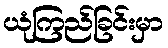
ယုံကြည်ခြင်းမှာ